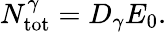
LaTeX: N_{\mathrm{tot}}^{\gamma}=D_{\gamma}E_{0}.